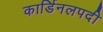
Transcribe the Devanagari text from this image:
कार्डिनलपदी